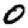
Digit: 0